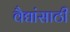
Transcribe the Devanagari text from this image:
वैद्यांसाठी